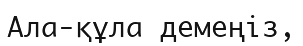
Ала-құла демеңіз,